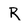
Character: R